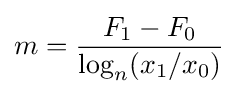
m={\frac {F_{1}-F_{0}}{\log _{n}(x_{1}/x_{0})}}